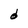
Character: d